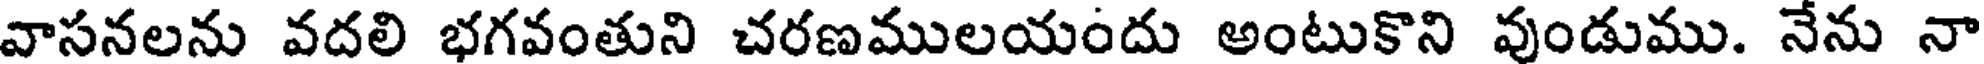
వాసనలను వదలి భగవంతుని చరణములయందు అంటుకొని వుండుము. నేను నా